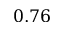
0 . 7 6